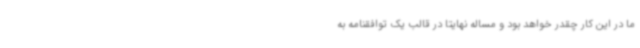
ما در این کار چقدر خواهد بود و مساله نهایتا در قالب یک توافقنامه به